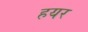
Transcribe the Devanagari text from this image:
हयर